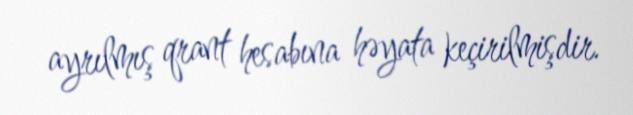
ayrılmış qrant hesabına həyata keçirilmişdir.